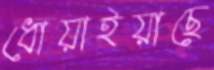
ধোয়াইয়াছে